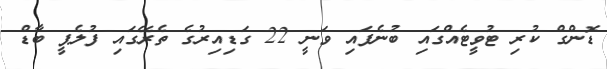
ޑޮންގް ކުރި ޓުވީޓެއްގައި ބުނެފައި ވަނީ 22 ގަޑިއިރުގެ ތެރޭގައި ފުލެޕީ ބާޑް